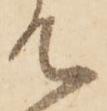
て